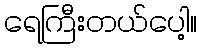
ရေကြီးတယ်ပေါ့။